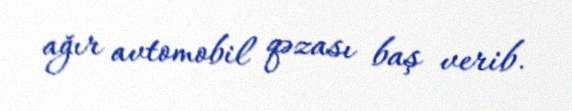
ağır avtomobil qəzası baş verib.